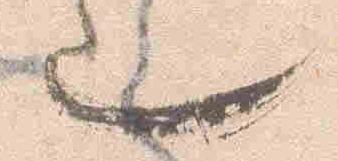
也